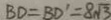
B D = B D ^ { \prime } = 8 \sqrt { 3 }